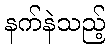
နက်နဲသည့်